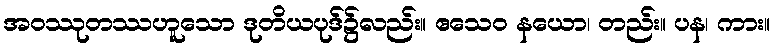
အဝဿုတဿဟူသော ဒုတိယပုဒ်၌လည်း။ ဧသေဝ နယော၊ တည်း။ ပန၊ ကား။